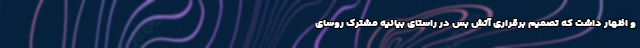
و اظهار داشت که تصمیم برقراری آتش بس در راستای بیانیه مشترک روسای